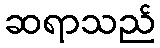
ဆရာသည်